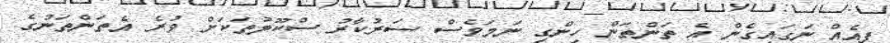
ފީއެއް ނަގައިގެން އެ ތަންތަން ހިންގި ނަމަވެސް ސަރުކާރު ސްކޫލުތަކަށް ވުރެ އެތަންތަނުގެ